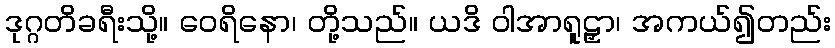
ဒုဂ္ဂတိခရီးသို့။ ဝေရိနော၊ တို့သည်။ ယဒိ ဝါအာရူဠှာ၊ အကယ်၍တည်း